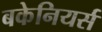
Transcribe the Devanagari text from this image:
बकेनियर्स